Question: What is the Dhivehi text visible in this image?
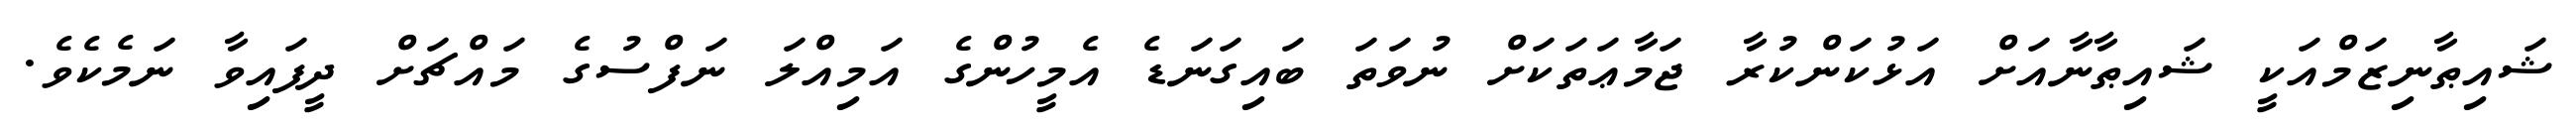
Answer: ޝައިޠާނިޒަމްއަކީ ޝައިޠާނާއަށް އަޅުކަންކުރާ ޖަމާޢަތަކަށް ނުވަތަ ބައިގަނަޑެ އެމީހުންގެ އަމިއްލަ ނަފްސުގެ މައްޗަށް ދީފައިވާ ނަމެކެވެ.